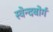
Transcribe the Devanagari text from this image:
स्वेन्दबोर्ग